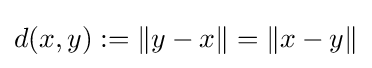
d(x,y):=\|y-x\|=\|x-y\|